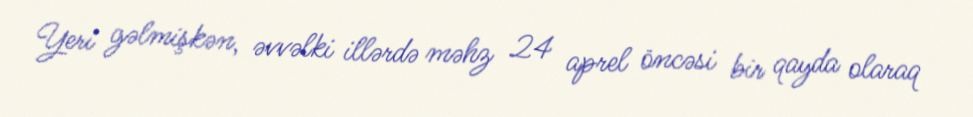
Yeri gəlmişkən, əvvəlki illərdə məhz 24 aprel öncəsi bir qayda olaraq